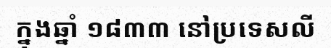
ក្នុងឆ្នាំ ១៨៣៣ នៅប្រទេសលី